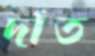
দাঁত